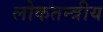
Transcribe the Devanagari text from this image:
लोकतन्त्रीय